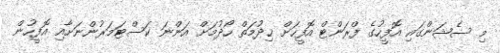
މި ސެޝަންގައި އޮފީހުގެ ފްރަންޓް އޮފީހަށް ޚިދުމަތް ހޯދުމަށް އަންނަ ކަސްޓަމަރުންނަށާއި އޮފީހުން